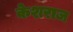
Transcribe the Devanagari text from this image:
केशराज